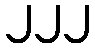
၂၂၂